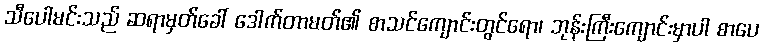
သီပေါမင်းသည် ဆရာမှတ်ခေါ် ဒေါက်တာမတ်၏ စာသင်ကျောင်းတွင်ရော၊ ဘုန်းကြီးကျောင်းမှာပါ စာပေ